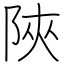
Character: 陜